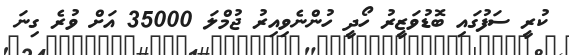
ކުރީ ސަފުގައި ބޮޑުވަޒީރު ހޯދީ ހުންނެވިއިރު ޖުމްލަ 35000 އަށް ވުރެ ގިނަ